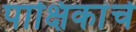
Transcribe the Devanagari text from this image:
पाक्षिकांचे